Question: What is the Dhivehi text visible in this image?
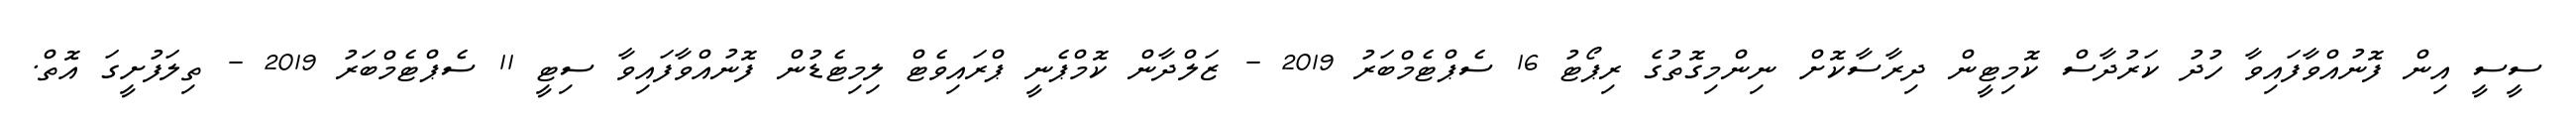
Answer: ސީސީ އިން ފޮނުއްވާފައިވާ ހުދު ކަރުދާސް ކޮމިޓީން ދިރާސާކޮށް ނިންމިގޮތުގެ ރިޕޯޓު 16 ސެޕްޓެމްބަރު 2019 - ޒަލްދާން ކޮމްޕެނީ ޕްރައިވެޓް ލިމިޓެޑުން ފޮނުއްވާފައިވާ ސިޓީ 11 ސެޕްޓެމްބަރު 2019 - ތިލަފުށީގަ އޮތް.